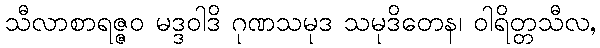
သီလာစာရဇ္ဇဝ မဒ္ဒဝါဒိ ဂုဏသမုဒ သမုဒိတေန၊ ဝါရိတ္တသီလ,